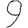
Digit: 9